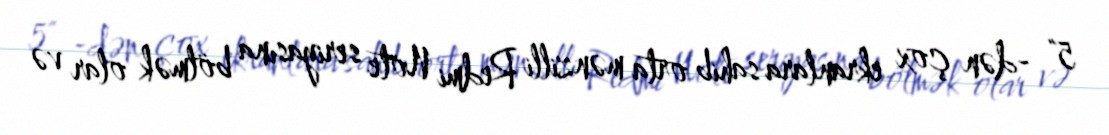
5" -dən çox ekranlara sahib orta mənzilli Redmi Note seriyasına bölmək olar və